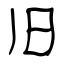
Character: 旧